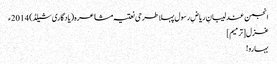
انجمن عندلیبانِ ریاضِ رسول پہلا طرحی نعتیہ مشاعرہ(یادگاری شیلڈ) 2014ء
غزل[ترمیم]
بہارو!